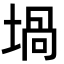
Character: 堝